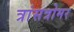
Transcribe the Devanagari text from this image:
त्रांसत्रोमर